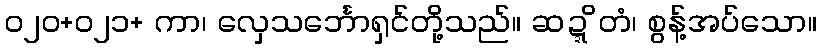
၀၂၀+၀၂၁+ ကာ၊ လှေသင်္ဘောရှင်တို့သည်။ ဆဍ္ဍိတံ၊ စွန့်အပ်သော။